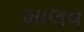
માલવ